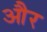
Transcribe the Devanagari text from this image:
और